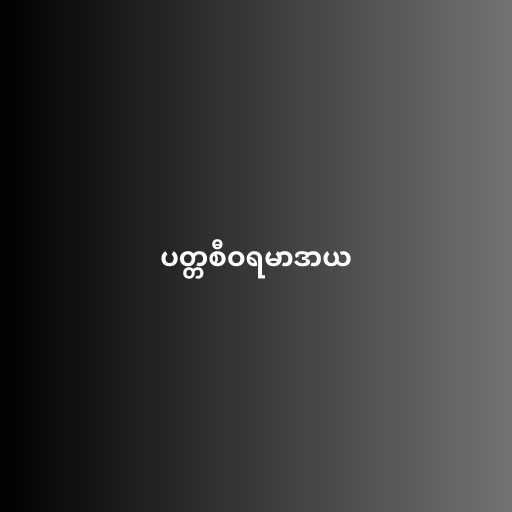
ပတ္တစီဝရမာဒာယ